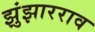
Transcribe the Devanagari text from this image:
झुंझारराव